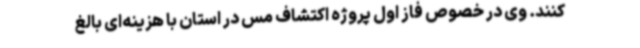
کنند. وی در خصوص فاز اول پروژه اکتشاف مس در استان با هزینه‌ای بالغ